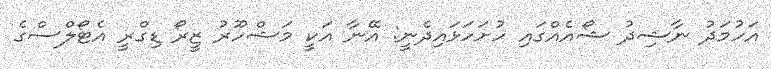
އަހުމަދު ނާޝިދު ޝޯއެއްގައި ހުށަހަޅައިދެނީ: އޭނާ އަކީ މަޝްހޫރު ޒީރޯ ޑިގްރީ އެޓޯލްސްގެ